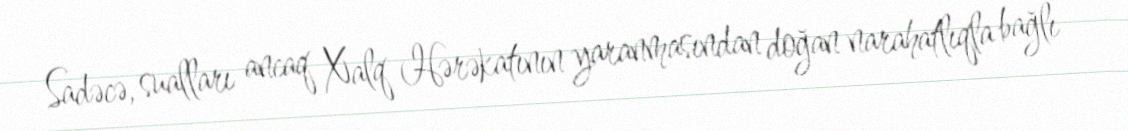
Sadəcə, sualları ancaq Xalq Hərəkatının yaranmasından doğan narahatlıqla bağlı